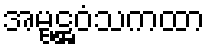
အမ္ဗဋ္ဌဝံသကထာ